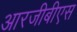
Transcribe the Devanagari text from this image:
आरजीबीएस